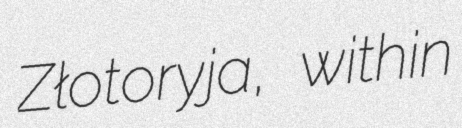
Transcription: Złotoryja, within